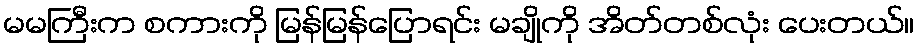
မမကြီးက စကားကို မြန်မြန်ပြောရင်း မချိုကို အိတ်တစ်လုံး ပေးတယ်။